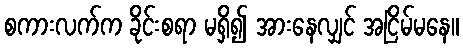
စကားလက်က ခိုင်းစရာ မရှိ၍ အားနေလျှင် အငြိမ်မနေ။